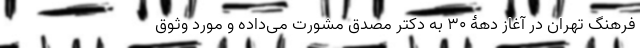
فرهنگ تهران در آغاز دهۀ 30 به دکتر مصدق مشورت می‌داده و مورد وثوق